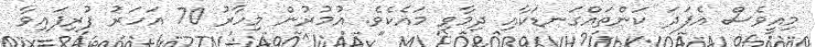
މިއީވެސް އެފަދަ ކަންތައްގަނޑަކާއި ދިމާވި މައެކެވެ. އުމުރުން މިހާރު 70 އަހަރު ފުރިފައިވާ